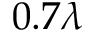
0 . 7 \lambda